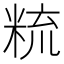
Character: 𥹷